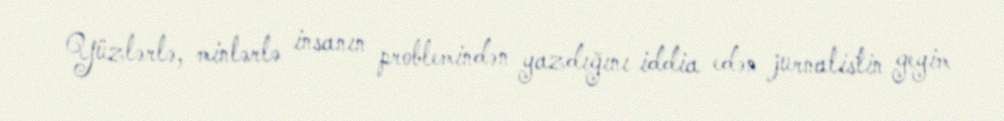
Yüzlərlə, minlərlə insanın problemindən yazdığını iddia edən jurnalistin geyim